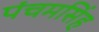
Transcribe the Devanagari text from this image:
पंचमसिंह